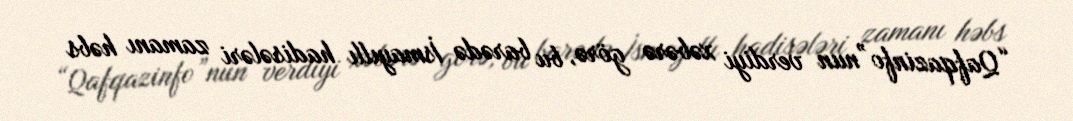
“Qafqazinfo”nun verdiyi xəbərə görə, bu barədə İsmayıllı hadisələri zamanı həbs